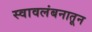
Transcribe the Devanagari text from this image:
स्वावलंबनातून